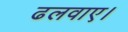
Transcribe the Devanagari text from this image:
ढलवाए।